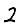
Digit: 2